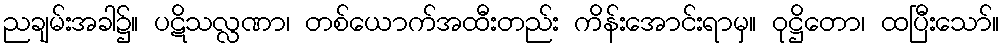
ညချမ်းအခါ၌။ ပဋိသလ္လဏာ၊ တစ်ယောက်အထီးတည်း ကိန်းအောင်းရာမှ။ ဝုဋ္ဌိတော၊ ထပြီးသော်။